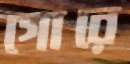
গোরে